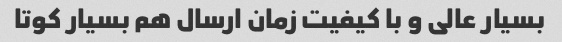
بسیار عالی و با کیفیت زمان ارسال هم بسیار کوتا